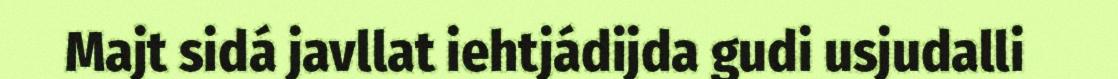
Majt sidá javllat iehtjádijda gudi usjudalli